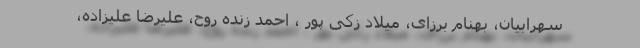
سهرابیان، بهنام برزای، میلاد زکی پور ، احمد زنده روح، علیرضا علیزاده،